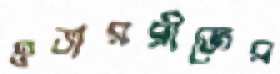
ওভারব্রীজের